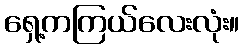
ရှေ့ကကြယ်လေးလုံး။